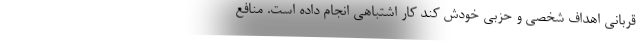
قربانی اهداف شخصی و حزبی خودش کند کار اشتباهی انجام داده است. منافع